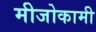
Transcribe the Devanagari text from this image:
मीजोकामी